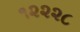
૧૨૨૨૮